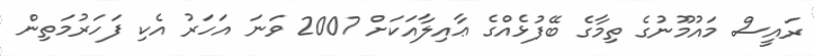
ރައީސް މައުމޫނުގެ ތިމާގެ ބޭފުޅެއްގެ ޢާއިލާއަކަށް 2007 ވަނަ އަހަރު އެކި ފަހަރުމަތިން